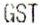
GST